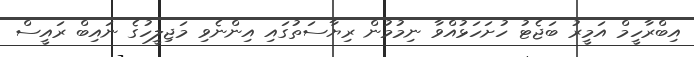
އިބްރާހީމް އަމީރު ބަޖެޓު ހުށަހަޅުއްވާ ނިމުމުން ރިޔާސަތުގައި އިންނެވި މަޖިލީހުގެ ނައިބް ރައީސް